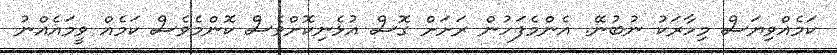
ކަމެއްވިޔަސް މިހާރަކު ނުބުނޭ. އެންމެފަހުން ރަށަށް ގޮސް އުޅެނިކޮށްވެސް ކޮންމެވެސް ކަމެއް ވީމައެއްނު